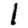
Digit: 1